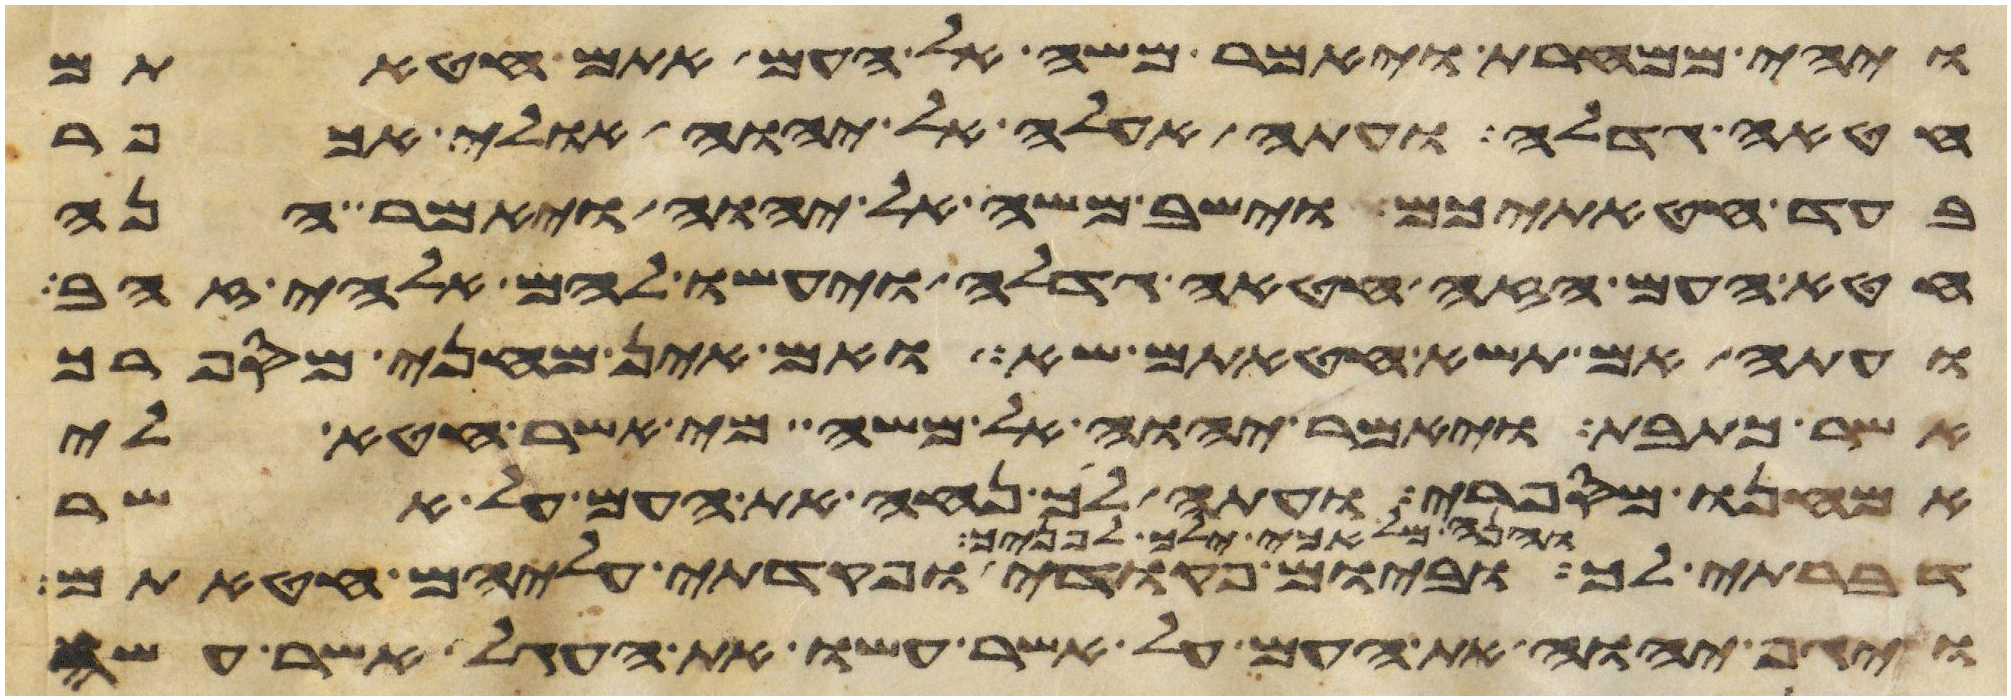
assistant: ויהי ממחרת ויאמר משה אל העם אתם חטאתם
חטאה גדלה ועתה אעלה אל יהוה אולי אכפר
בעד חטאתיכם וישב משה אל יהוה ויאמר הנה
חטא העם הזה חטאה גדלה ויעשו להם אלהי זהב
ועתה אם תשא חטאתם שא ואם אין מחני מספרך
אשר כתבת ויאמר יהוה אל משה מי אשר חטא לי
אמחנו מספרי ועתה לך נחה את העם על אשר
ילך לפניך וביום פקודי ופקדתי עליהם חטאתם
והנה מלאכי ילך לפניך
ויגף יהוה את העם על אשר עשו את העגל אשר עשה